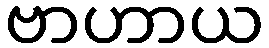
ဗာဟာယ